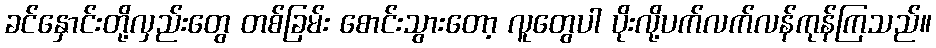
ခင်နှောင်းတို့လှည်းတွေ တစ်ခြမ်း စောင်းသွားတော့ လူတွေပါ ပိုးလို့ပက်လက်လန်ကုန်ကြသည်။